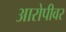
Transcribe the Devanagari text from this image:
आरोपीवर